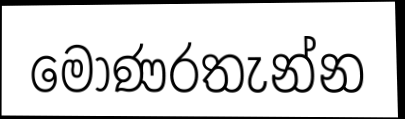
මොණරතැන්න